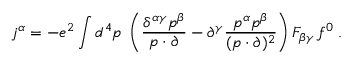
j ^ { \alpha } = - e ^ { 2 } \int d ^ { 4 } p \; \left( \frac { \delta ^ { \alpha \gamma } p ^ { \beta } } { p \cdot \partial } - \partial ^ { \gamma } \frac { p ^ { \alpha } p ^ { \beta } } { ( p \cdot \partial ) ^ { 2 } } \right) F _ { \beta \gamma } \, f ^ { 0 } \; .